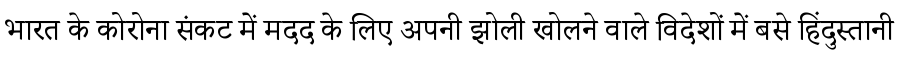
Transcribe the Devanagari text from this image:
भारत के कोरोना संकट में मदद के लिए अपनी झोली खोलने वाले विदेशों में बसे हिंदुस्तानी